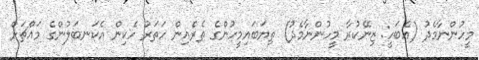
މީހުންނާމެދު (އެބަހީ: ޒިނޭކުރާ މީހުންނާމެދު) ތިޔަބައިމީހުންގެ ތެރެއިން ހަތަރު ހެކިން އެކަނބަލުންގެ މައްޗަށް